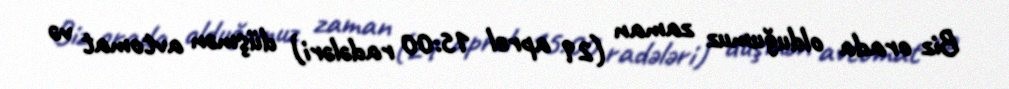
Biz orada olduğumuz zaman (29 aprel 15:00 radələri) düşmən avtomat və